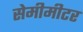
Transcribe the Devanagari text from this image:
सेमीमीटर